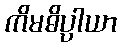
ကိမဓိပ္ပါယာ